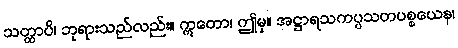
သတ္ထာပိ၊ ဘုရားသည်လည်း။ ဣတော၊ ဤမှ။ အဋ္ဌာရသကပ္ပသတပစ္စယေန၊